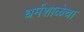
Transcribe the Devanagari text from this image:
धर्मशाळेचा